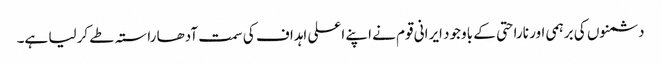
دشمنوں کی برہمی اور ناراحتی کے باوجود ایرانی قوم نے اپنے اعلی اہداف کی سمت آدھا راستہ طے کرلیا ہے۔